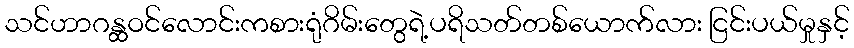
သင်ဟာဂန္ထဝင်လောင်းကစားရုံဂိမ်းတွေရဲ့ပရိသတ်တစ်ယောက်လား ငြင်းပယ်မှုနှင့်